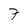
Character: 7